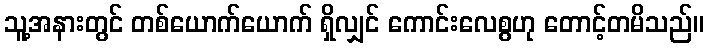
သူ့အနားတွင် တစ်ယောက်ယောက် ရှိလျှင် ကောင်းလေစွဟု တောင့်တမိသည်။